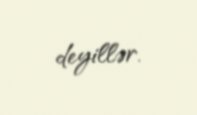
deyillər.